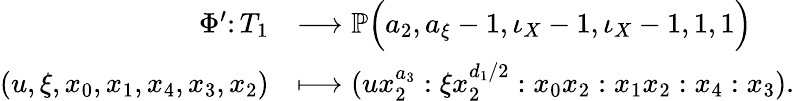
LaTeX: \begin{array}{rl}{\Phi^{\prime}\colon T_{1}}&{\longrightarrow\mathbb{P}\Big(a_{2},a_{\xi}-1,\iota_{X}-1,\iota_{X}-1,1,1\Big)}\\ {(u,\xi,x_{0},x_{1},x_{4},x_{3},x_{2})}&{\longmapsto(ux_{2}^{a_{3}}:\xi x_{2}^{d_{1}/2}:x_{0}x_{2}:x_{1}x_{2}:x_{4}:x_{3}).}\end{array}